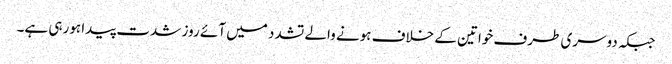
جبکہ دوسری طرف خواتین کے خلاف ہونے والے تشدد میں آئے روز شدت پیدا ہورہی ہے۔